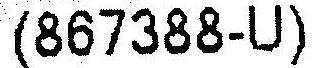
(867388-U)